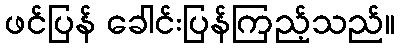
ဖင်ပြန် ခေါင်းပြန်ကြည့်သည်။